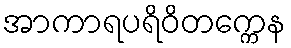
အာကာရပရိဝိတက္ကေန